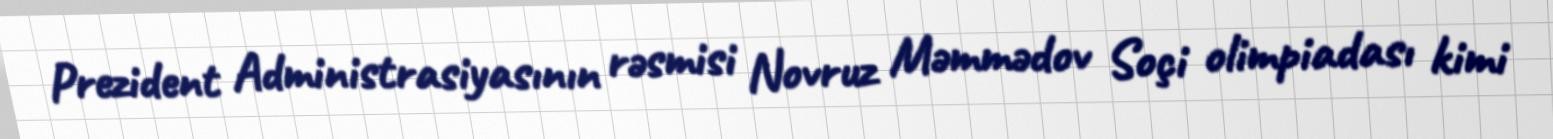
Prezident Administrasiyasının rəsmisi Novruz Məmmədov Soçi olimpiadası kimi